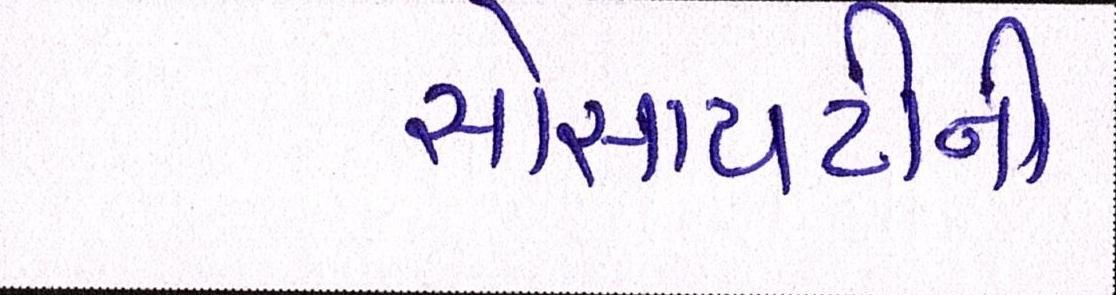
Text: સોસાયટીની